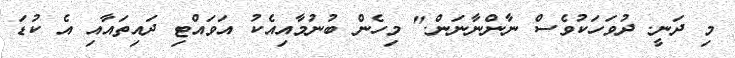
މި ދަނީ. ދުވަހަކުވެސް ނާންނާނަން." މިހެން ބުނުމާއިއެކު އަވައްޓި ދައިތައާއި އެ ކުޑަ